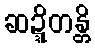
ဆဍ္ဍိတန္တိ